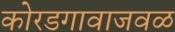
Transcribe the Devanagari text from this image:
कोरडगावाजवळ